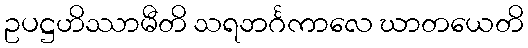
ဥပဋ္ဌဟိဿာမီတိ သရဘင်္ဂကာလေ ဃာတယေတိ